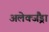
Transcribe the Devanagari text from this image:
अलेक्जैंड्रा